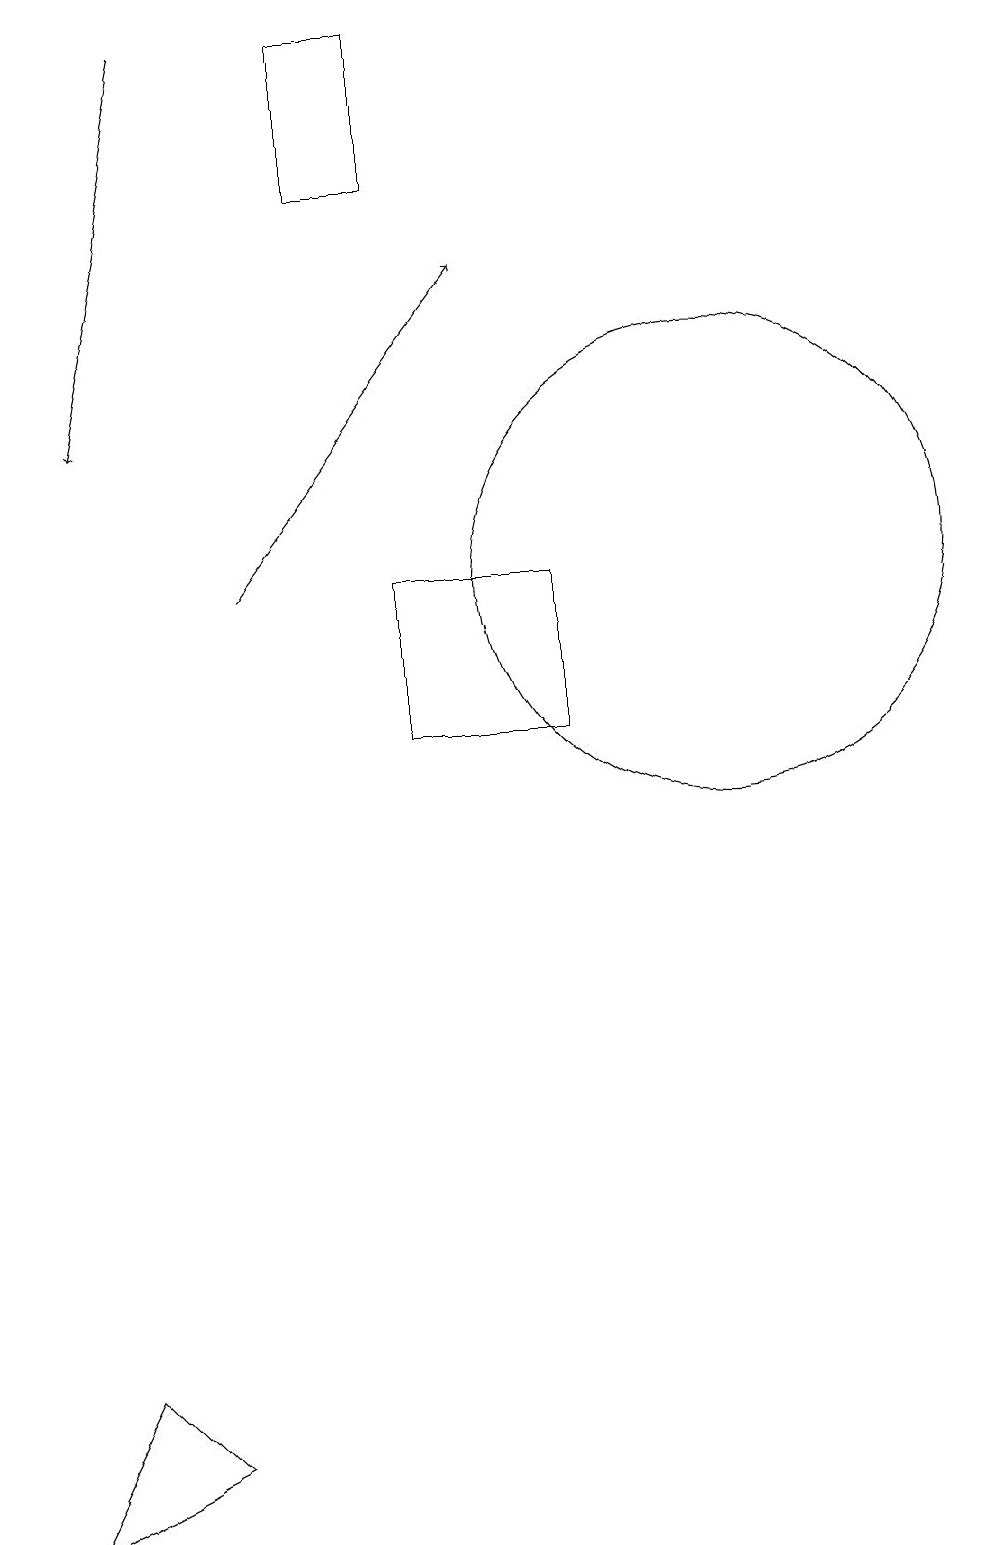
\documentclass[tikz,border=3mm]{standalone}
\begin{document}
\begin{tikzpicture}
\draw (6,19) rectangle (7,17);
\draw[->] (5,12) -- (8,16);
\draw (3,2) -- (4,1) -- (2,0) -- cycle;
\draw (9,10) rectangle (7,12);
\draw (11,12) circle (3);
\draw[->] (4,19) -- (3,14);
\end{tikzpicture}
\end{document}